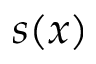
s ( x )